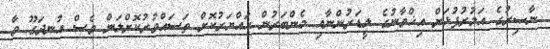
ނާޞިރުގެ އަމުރުފުޅަށް އިޚްވާނުގެ ލީޑަރުންނާއި މެންބަރުން ހައްޔަރުކޮށް ތަސައްވުރުކޮށްލަން ވެސް އުނދަގޫ ވާ